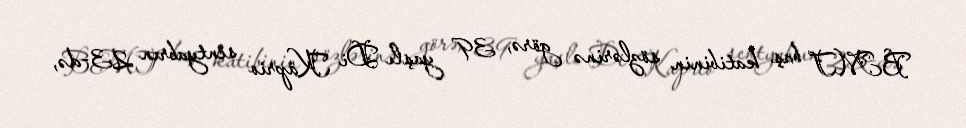
BMT baş katibinin sözlərinə görə, 39 yaşlı Di Kaprio sentyabrın 23-də,